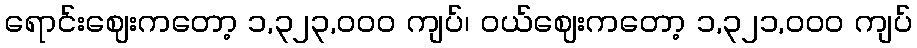
ရောင်းဈေးကတော့ ၁,၃၂၃,၀၀၀ ကျပ်၊ ဝယ်ဈေးကတော့ ၁,၃၂၁,၀၀၀ ကျပ်